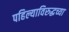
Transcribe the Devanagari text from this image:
पहिल्याविरुद्धच्या